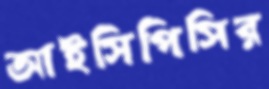
আইসিপিসির